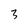
Character: 3